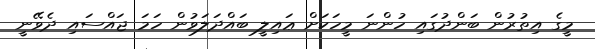
މީގެ އިތުރުން ބަންދުގައި ހުންނަ މީހަކަށް ޢައިލީ ބައްދަލަވުން ހަމަ ޖައްސައި ދެވޭނީ